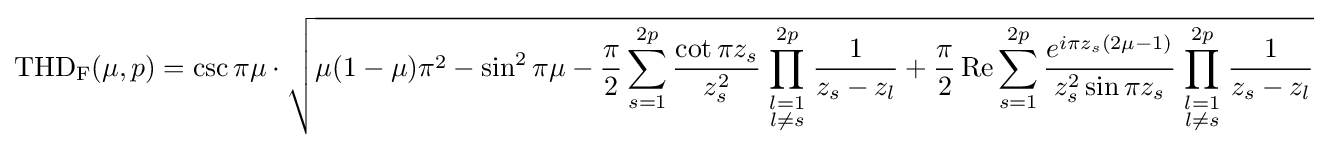
\operatorname {THD_{F}} (\mu ,p)=\csc \pi \mu \cdot {\sqrt {\mu (1-\mu )\pi ^{2}-\sin ^{2}\pi \mu -{\frac {\pi }{2}}\sum _{s=1}^{2p}{\frac {\cot \pi z_{s}}{z_{s}^{2}}}\prod \limits _{\scriptstyle l=1 \atop \scriptstyle l\neq s}^{2p}{\frac {1}{z_{s}-z_{l}}}+{\frac {\pi }{2}}\operatorname {Re} \sum _{s=1}^{2p}{\frac {e^{i\pi z_{s}(2\mu -1)}}{z_{s}^{2}\sin \pi z_{s}}}\prod \limits _{\scriptstyle l=1 \atop \scriptstyle l\neq s}^{2p}{\frac {1}{z_{s}-z_{l}}}}}